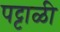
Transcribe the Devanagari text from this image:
पट्टाळी